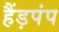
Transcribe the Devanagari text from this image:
हैंड़पंप